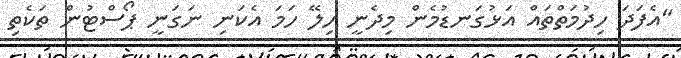
"އެފަދަ ހިދުމަތްތައް އަޅުގަނޑުމެން މިދެނީ ހިލޭ ހަމަ އެކަނި ނަގަނީ ޕޯސްޓުން ތަކެތި